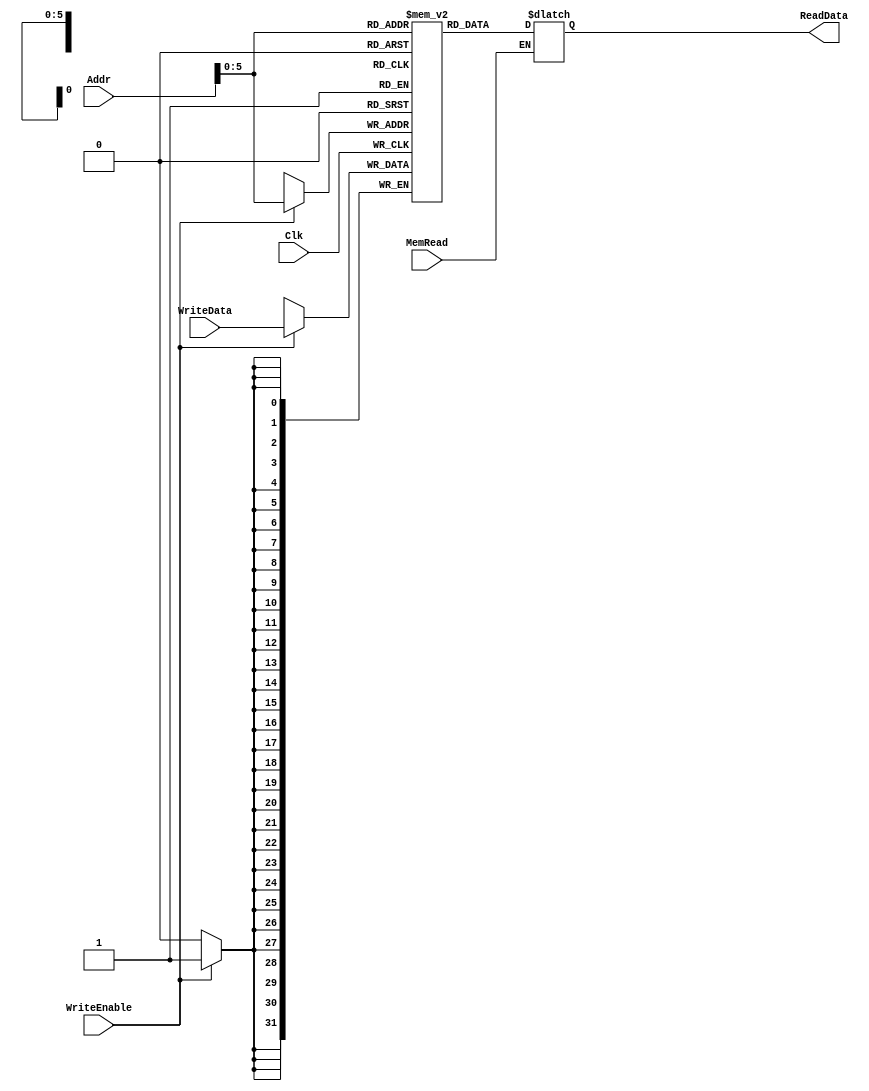
module DataMemory(Addr, 
                  WriteData, 
                  Clk, 
                  WriteEnable, 
                  MemRead, 
                  ReadData);
  
  input [31:0]      Addr; 
  input [31:0]      WriteData; 
  input             Clk; 
  input             WriteEnable; 
  input             MemRead; 
  output reg [31:0] ReadData;
  
  
  reg [31:0]        RegBank[63:0];
   
  integer i;
  initial begin
    for(i = 0;i < 64;i = i + 1)
      RegBank[i] = i;
  end

  always @(posedge Clk) begin
    if(WriteEnable) RegBank[Addr] <= WriteData;
  end
  
  always @(*) begin
    if(MemRead == 1) ReadData = RegBank[Addr];
  end
endmodule